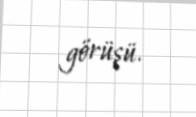
görüşü.